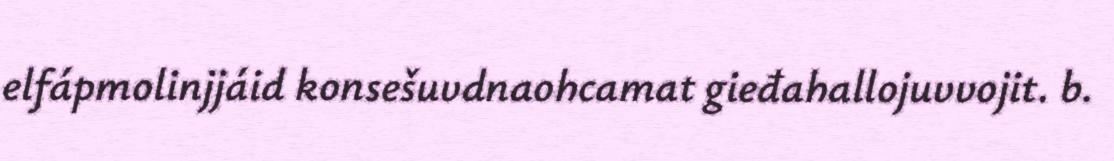
elfápmolinjjáid konsešuvdnaohcamat gieđahallojuvvojit. b.